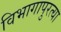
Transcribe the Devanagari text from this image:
विभागापुरत्या